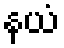
နယံ